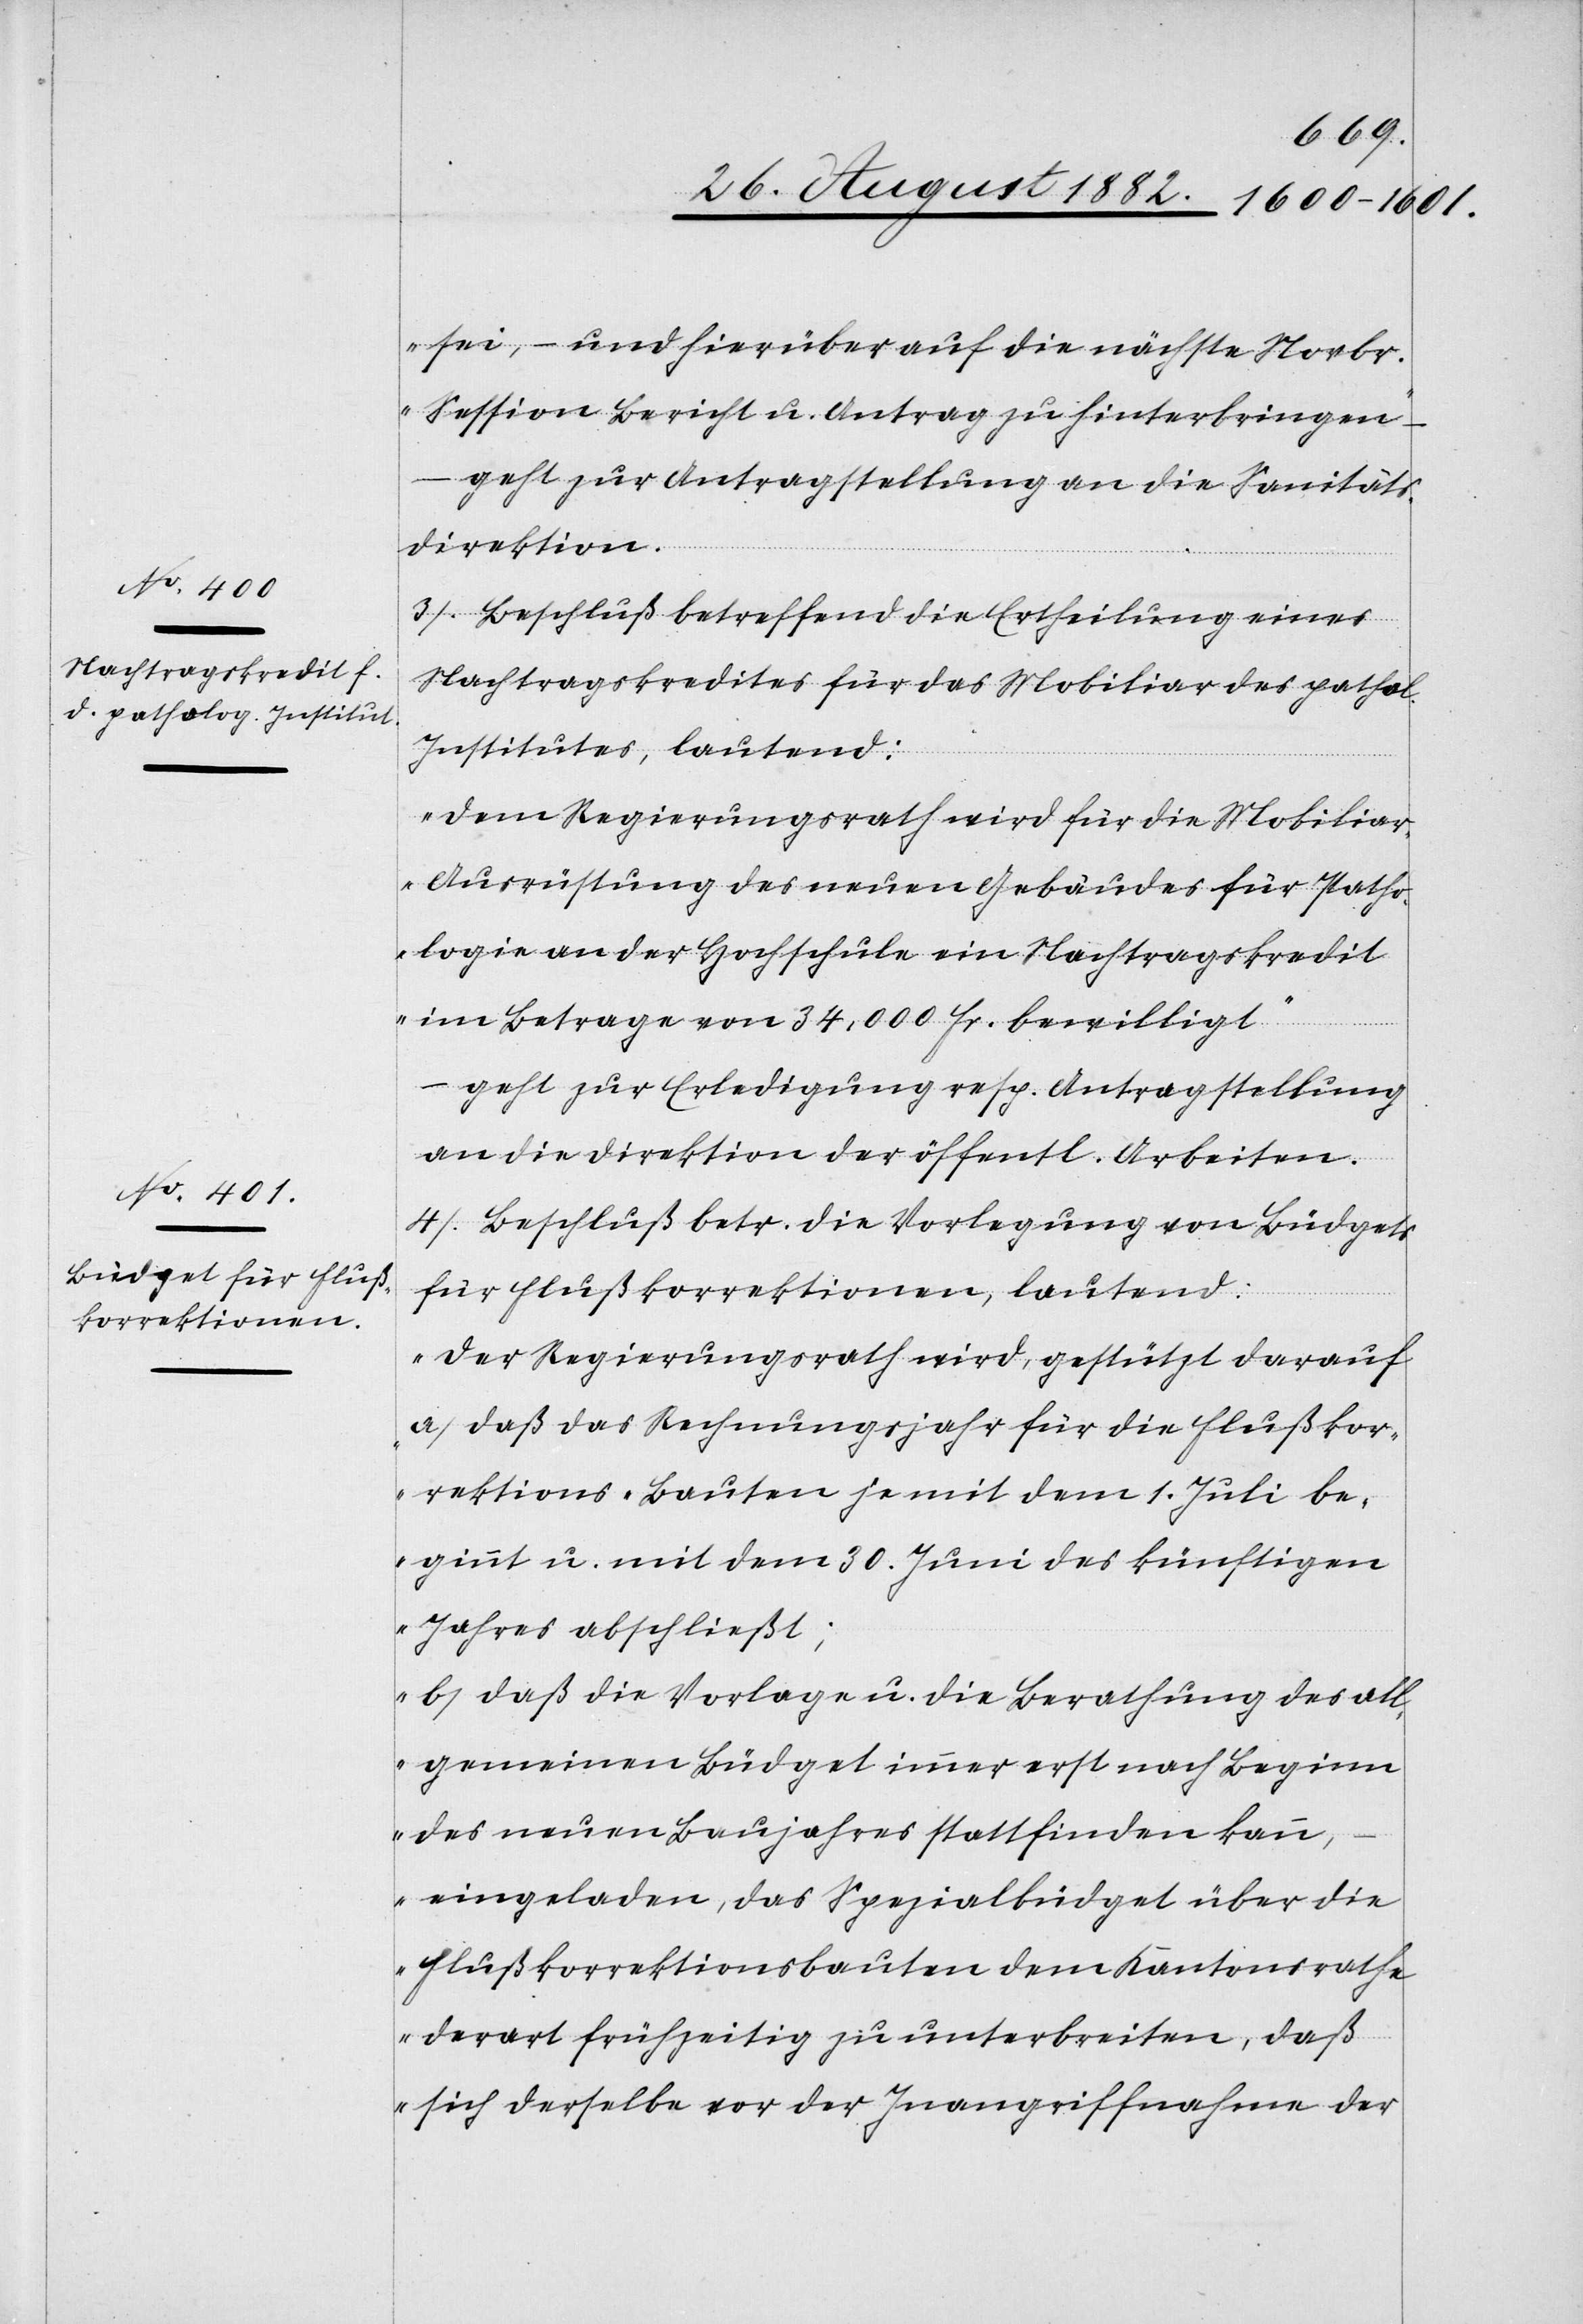
sei, – und hierüber auf die nächste Novbr.
Session Bericht u. Antrag zu hinterbringen“
–
geht zur Antragstellung an die Sanitäts¬
direktion.
3) Beschluß betreffend die Ertheilung eines
Nachtragskredites für das Mobiliar des pathol.
Institutes, lautend:
„Dem Regierungsrath wird für die Mobilia¬
r-Ausrüstung des neuen Gebäudes für Patho¬
logie an der Hochschule ein Nachtragskredit
im Betrage von 34,000 Fr. bewilligt.“
– geht zur Erledigung resp. Antragstellung
an die Direktion der öffentl. Arbeiten.
4) Beschluß betr. die Vorlegung von Büdgets
für Flußkorrektionen, lautend:
„Der Regierungsrath wird, gestützt darauf,
a) Daß das Rechnungsjahr für die Flußkor¬
rektions-Bauten je mit dem 1. Juli be¬
ginnt u. mit dem 30. Juni des künftigen
Jahres abschließt;
b) Daß die Vorlage u. die Berathung des all¬
gemeinen Büdget immer erst nach Beginn
des neuen Baujahres stattfinden kann,
eingeladen, das Spezialbüdget über die
Flußkorrektionsbauten dem Kantonsrathe
derart frühzeitig zu unterbreiten, daß
sich derselbe vor der Inangriffnahme der